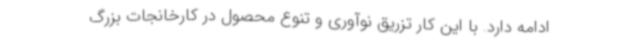
ادامه دارد. با این کار تزریق نوآوری و تنوع محصول در کارخانجات بزرگ